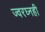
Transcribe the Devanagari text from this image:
ज्वरघ्नही